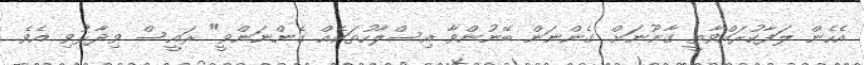
އެހެން ލަފާކުރައްވާތީ ގާނޫނަށް ގެންނަން ބޭނުންވާ އިސްލާހުތަކެއް ގެންނަންވީ" ރައީސް ވިދާޅުވި އެވެ.